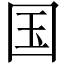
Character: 国